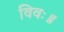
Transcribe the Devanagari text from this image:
विवः॥